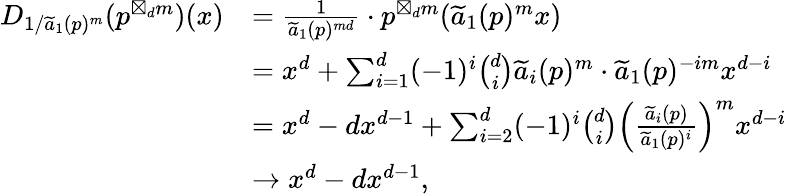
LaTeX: \begin{array}{rl}{D_{1/\widetilde{a}_{1}(p)^{m}}(p^{\boxtimes_{d}m})(x)}&{=\frac{1}{\widetilde{a}_{1}(p)^{md}}\cdot p^{\boxtimes_{d}m}(\widetilde{a}_{1}(p)^{m}x)}\\ &{=x^{d}+\sum_{i=1}^{d}(-1)^{i}\binom{d}{i}\widetilde{a}_{i}(p)^{m}\cdot\widetilde{a}_{1}(p)^{-im}x^{d-i}}\\ &{=x^{d}-dx^{d-1}+\sum_{i=2}^{d}(-1)^{i}\binom{d}{i}\left(\frac{\widetilde{a}_{i}(p)}{\widetilde{a}_{1}(p)^{i}}\right)^{m}x^{d-i}}\\ &{\rightarrow x^{d}-dx^{d-1},}\end{array}